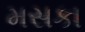
મસકા